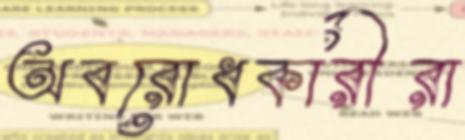
অবরোধকারীরা